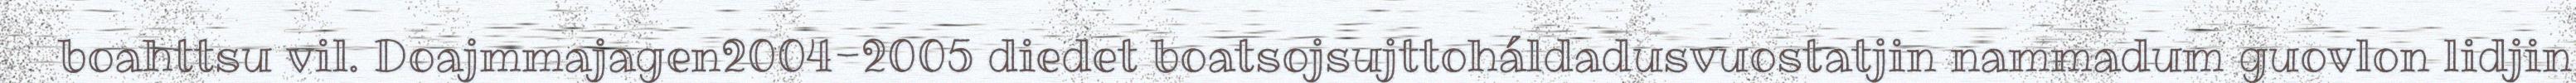
boahttsu vil. Doajmmajagen2004-2005 diedet boatsojsujttoháldadusvuostatjin nammadum guovlon lidjin